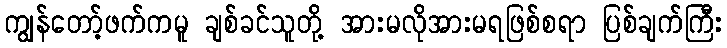
ကျွန်တော့်ဖက်ကမူ ချစ်ခင်သူတို့ အားမလိုအားမရဖြစ်စရာ ပြစ်ချက်ကြီး